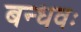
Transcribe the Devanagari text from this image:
बन्धवः